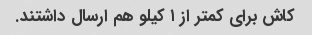
کاش برای کمتر از ۱ کیلو هم ارسال داشتند.